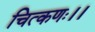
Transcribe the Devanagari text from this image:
चित्कणः।।